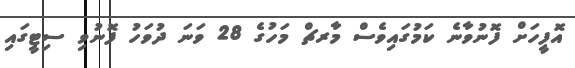
އޮފީހަށް ފޮނުވާނެ ކަމުގައިވެސް މާރޗް މަހުގެ 28 ވަނަ ދުވަހު ފޮނުވި ސިޓީގައި